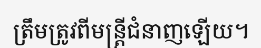
ត្រឹមត្រូវពីមន្ត្រីជំនាញឡើយ។